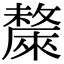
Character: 斄